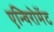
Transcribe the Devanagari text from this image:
एन्विरोमेंट